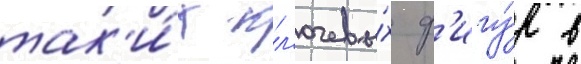
так'и́х кл'ючевы́х ф'игу́р в